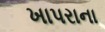
ખાપરાના